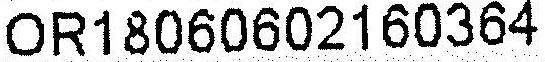
OR18060602160364